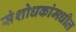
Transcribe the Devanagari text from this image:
संशोधकांमधील